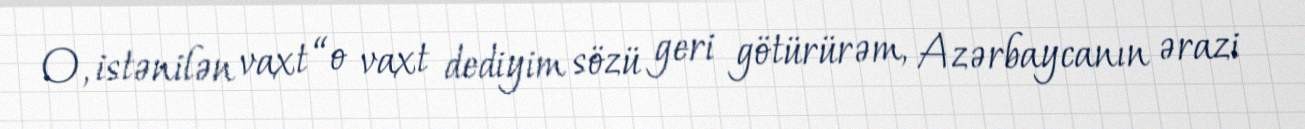
O, istənilən vaxt “o vaxt dediyim sözü geri götürürəm, Azərbaycanın ərazi